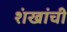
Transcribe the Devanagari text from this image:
शंखांची